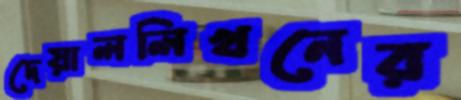
দেয়াললিখনের